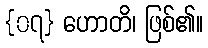
{၀၇} ဟောတိ၊ ဖြစ်၏။